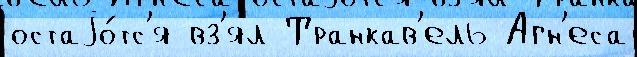
остаjо́тс'я вз'ял Транкав'ель Агн'еса